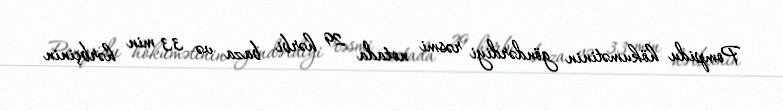
Pompidu hökumətinin göndərdiyi rəsmi notada 29 hərbi baza və 33 min hərbçinin